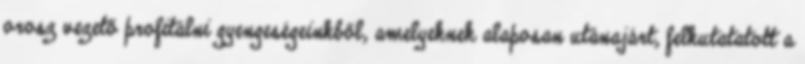
orosz vezető profitálni gyengeségeinkből, amelyeknek alaposan utánajárt, felkutatatott a